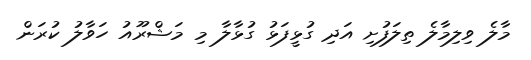
މާލެ ވިލިމާލެ ތިލަފުށި އަދި ގުޅީފަޅު ގުޅާލާ މި މަޝްރޫއު ހަވާލު ކުރަން